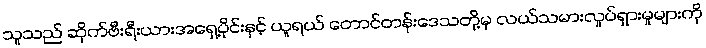
သူသည် ဆိုက်ဗီးရီးယားအရှေ့ပိုင်းနှင့် ယူရယ် တောင်တန်းဒေသတို့မှ လယ်သမားလှုပ်ရှားမှုများကို